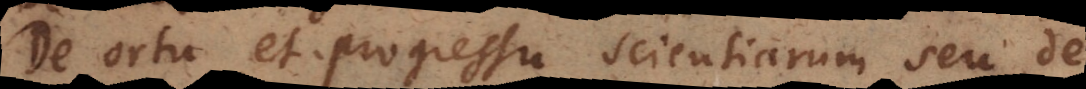
De ortu et progressu scientiarum seu de